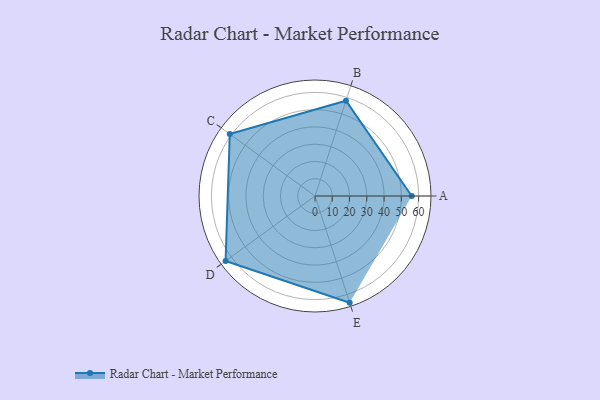
{"axis": {"x": "Skill", "y": "Score"}, "legend": ["Profile"], "data": [{"x": "A", "y": 56.0, "type": "Profile"}, {"x": "B", "y": 58.0, "type": "Profile"}, {"x": "C", "y": 61.0, "type": "Profile"}, {"x": "D", "y": 64.0, "type": "Profile"}, {"x": "E", "y": 65.0, "type": "Profile"}]}